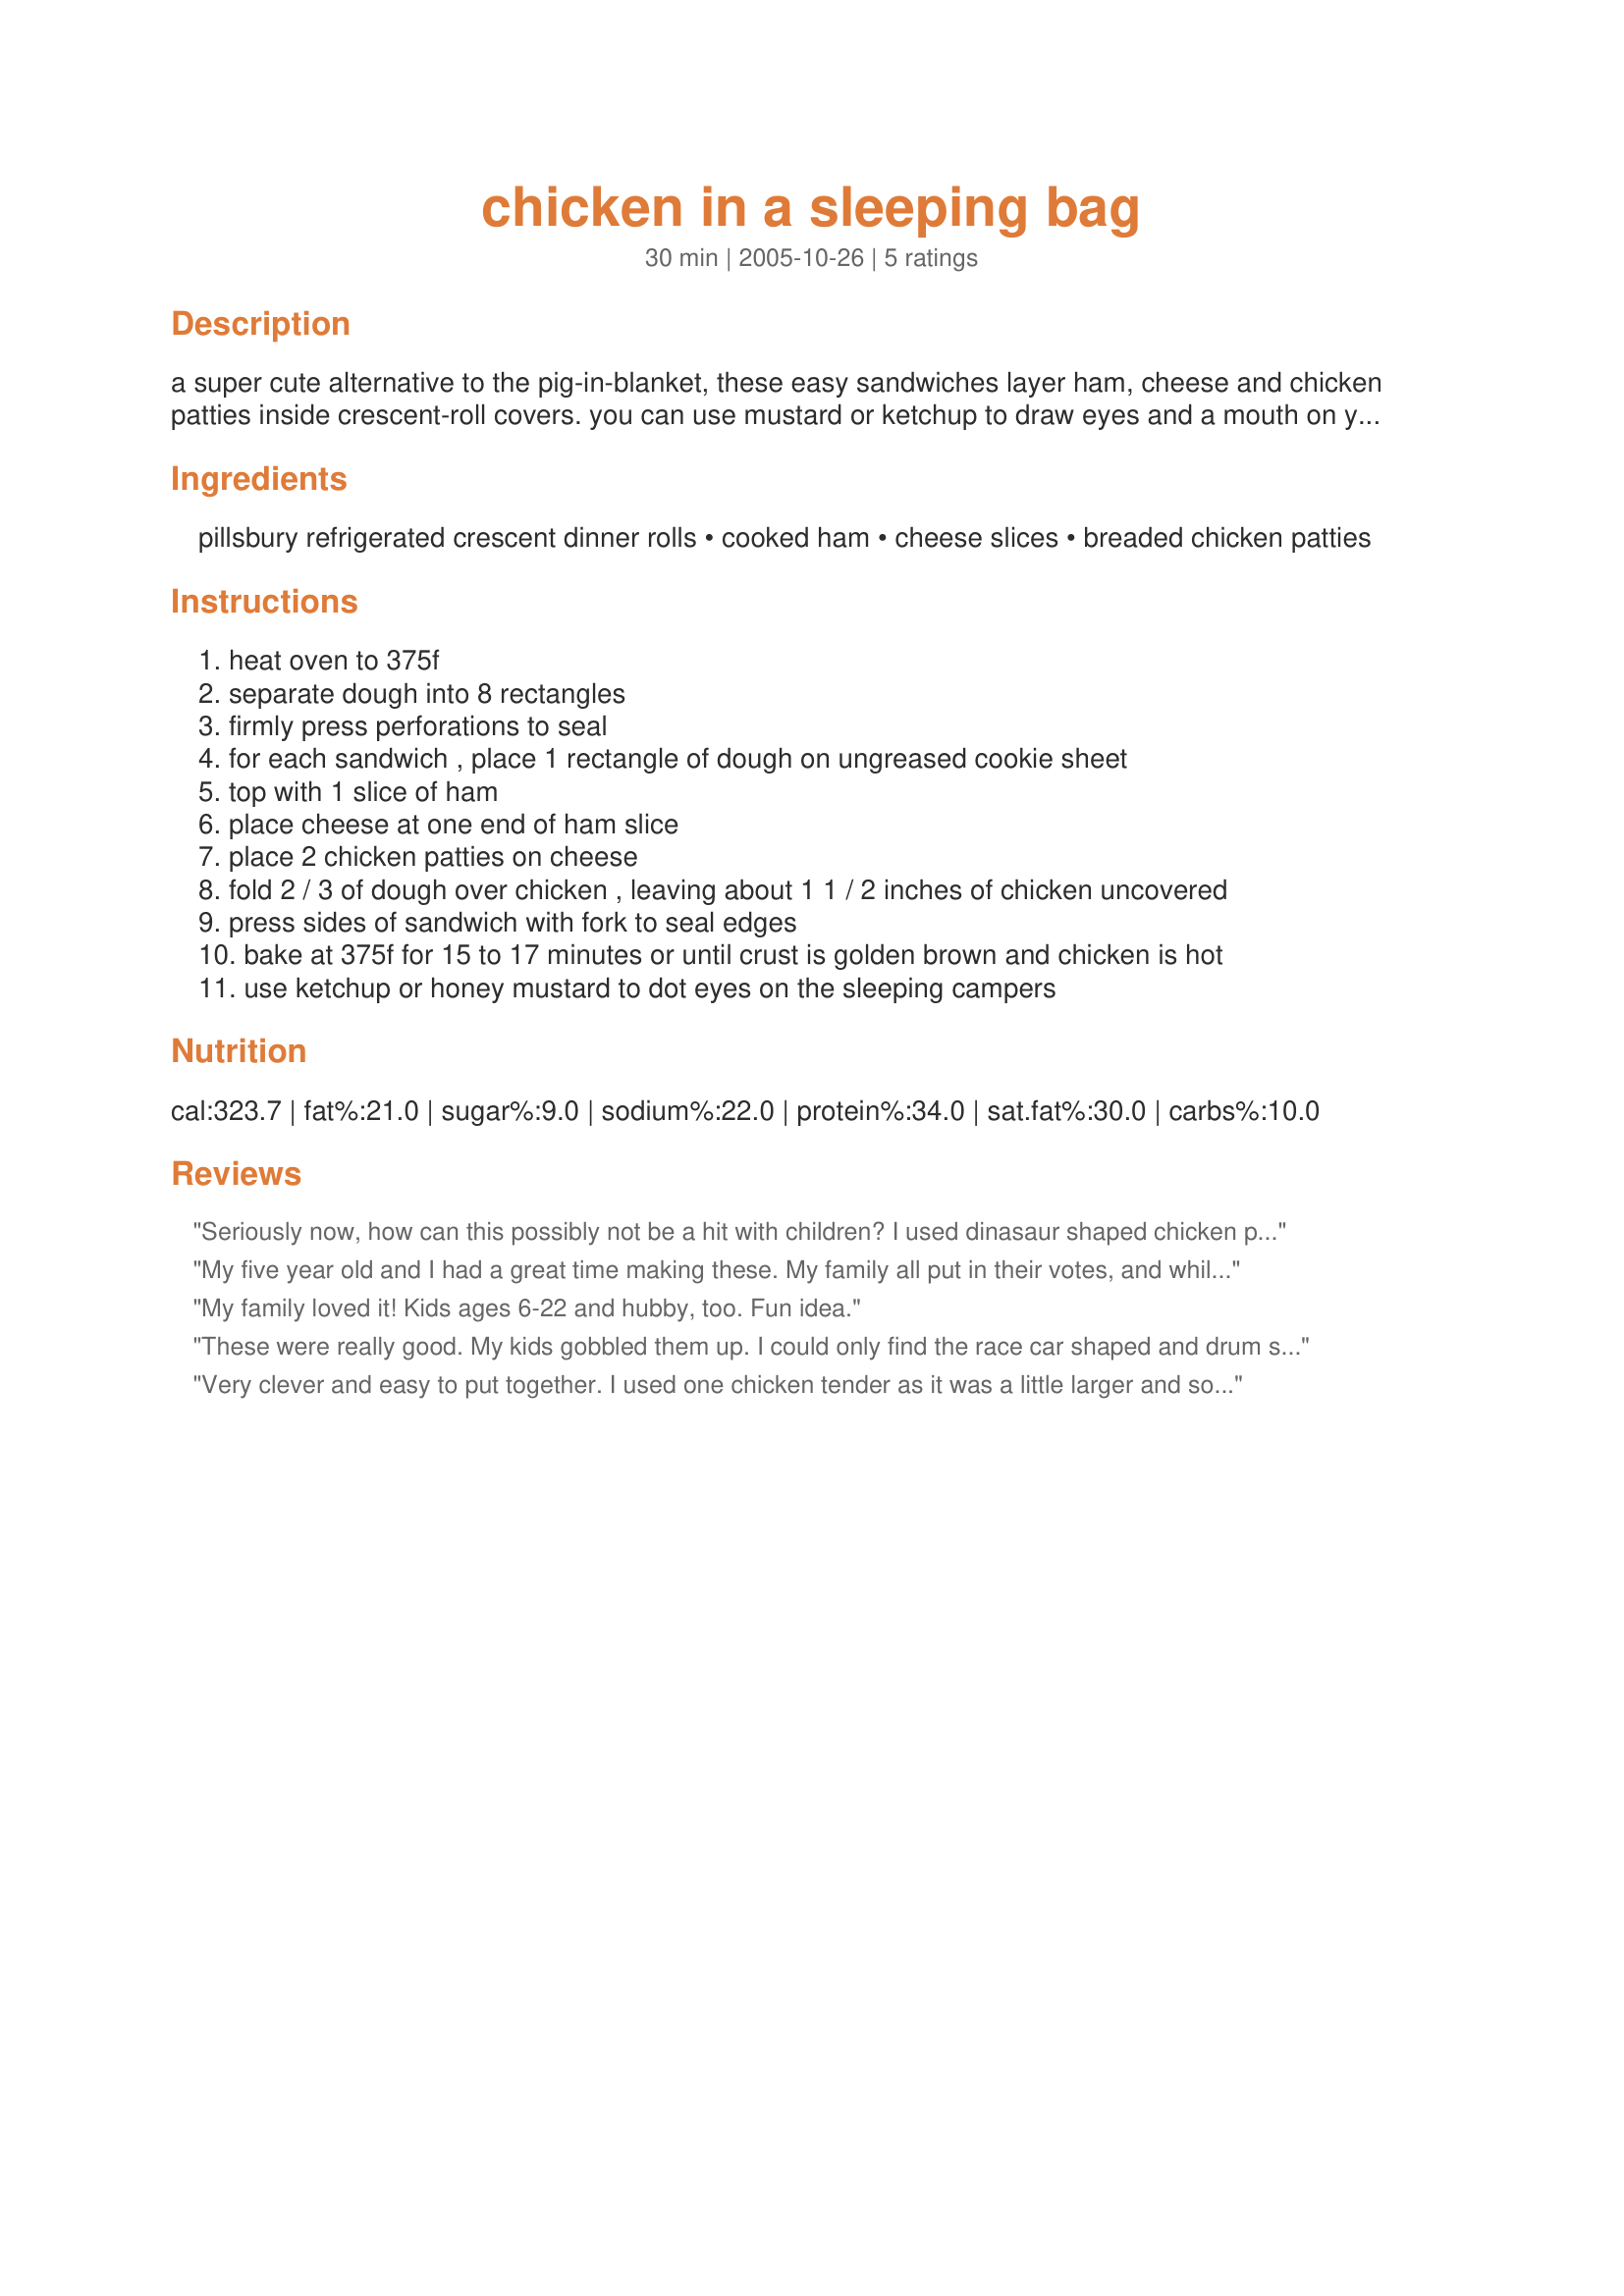
chicken in a sleeping bag
Preparation time: 30 minutes

a super cute alternative to the pig-in-blanket, these easy sandwiches layer ham, cheese and chicken patties inside crescent-roll covers. you can use mustard or ketchup to draw eyes and a mouth on your campers or use make eyes with pickle relish pieces. your kids will love them!!!!

Ingredients:
pillsbury refrigerated crescent dinner rolls, cooked ham, cheese slices, breaded chicken patties

Steps:
heat oven to 375f
separate dough into 8 rectangles
firmly press perforations to seal
for each sandwich , place 1 rectangle of dough on ungreased cookie sheet
top with 1 slice of ham
place cheese at one end of ham slice
place 2 chicken patties on cheese
fold 2 / 3 of dough over chicken , leaving about 1 1 / 2 inches of chicken uncovered
press sides of sandwich with fork to seal edges
bake at 375f for 15 to 17 minutes or until crust is golden brown and chicken is hot
use ketchup or honey mustard to dot eyes on the sleeping campers

Reviews:
Seriously now, how can this possibly not be a hit with children? I used dinasaur shaped chicken patties, and only used half of the amount of ham-my ham was quite long so I cut them in half. Thanks for making me an 'Your Awesome Mom'!
My five year old and I had a great time making these. My family all put in their votes, and while one loved them and the other didn't finish it averages out to an "okay" rating. Thanks for posting this creative and fun recipe!
My family loved it! Kids ages 6-22 and hubby, too. Fun idea.
These were really good. My kids gobbled them up. I could only find the race car shaped and drum shaped bbq chicken nuggets so used them. Overall the bbq was the better of the 2. Thank you for sharing.
Very clever and easy to put together. I used one chicken tender as it was a little larger and some ham from our Christmas dinner. I thawed the chicken as you said and baked it 20 minutes. They turned out really nice. I didn't read about the ketchup or mustard dots for eyes until they were all eaten.
